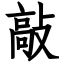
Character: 敲